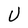
Character: U